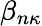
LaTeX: \beta_{n\kappa}